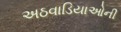
અઠવાડિયાઓની